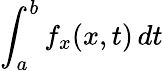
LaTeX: \int_{a}^{b}f_{x}(x,t)\, dt